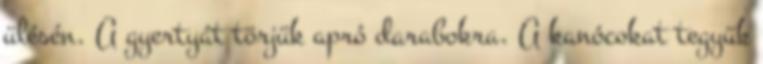
ülésén. A gyertyát törjük apró darabokra. A kanócokat tegyük